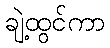
ချဲ့ထွင်ကာ